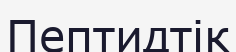
Пептидтік